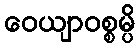
ဝေယျာဝစ္စမ္ပိ